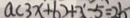
a ( 3 x + 6 ) + 3 - 5 = 2 5